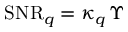
\mathrm { S N R } _ { q } = \kappa _ { q } \, \Upsilon